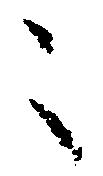
々